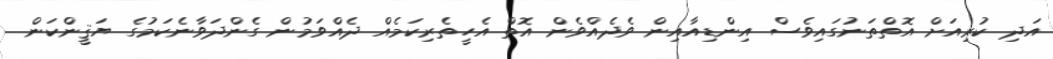
އަދި ކުރިއަށް އޮތްތަނުގައިވެސް އިންޑިއާއިން ވެދެއްވެން އޮތް އެހީތެރިކަމެއް ދެއްވަމުން ގެންދަވާނެކަމުގެ ޔަޤީންކަން